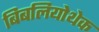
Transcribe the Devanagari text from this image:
बिबलियोथेक